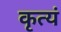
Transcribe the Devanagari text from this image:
कृत्यं